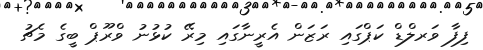
ފިފާ ވަރލްޑް ކަޕްގައި ރަޒަން އެރީނާގައި މިރޭ ކުޅުނު ވްރޫޕް ބީގެ މެޗު